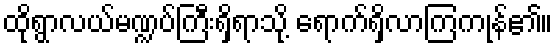
ထိုရွာလယ်မဏ္ဍပ်ကြီးရှိရာသို့ ရောက်ရှိလာကြကုန်၏။